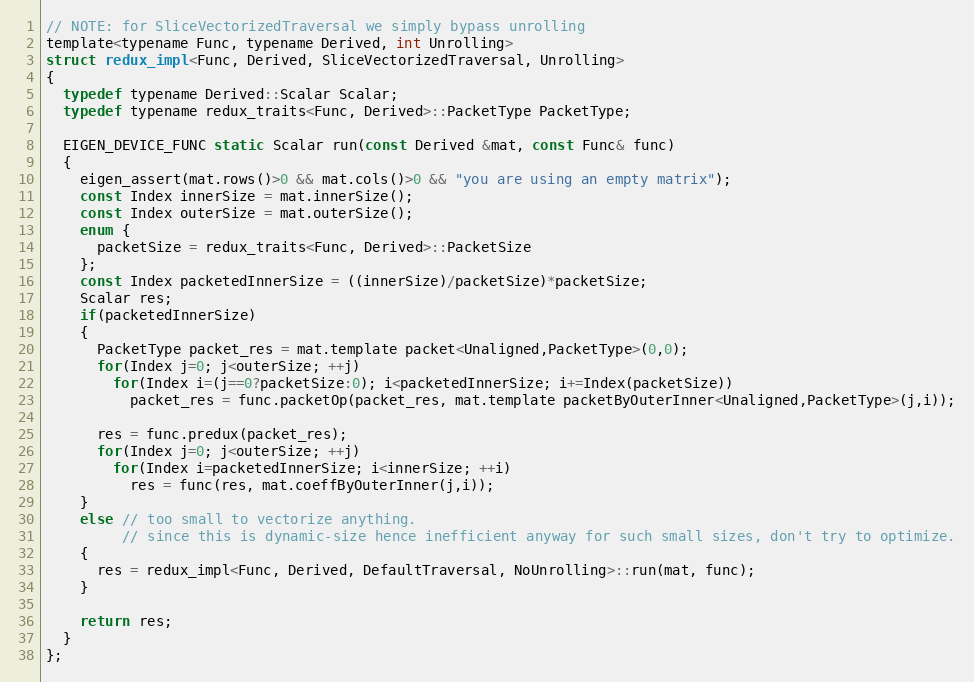
Language: C
// NOTE: for SliceVectorizedTraversal we simply bypass unrolling
template<typename Func, typename Derived, int Unrolling>
struct redux_impl<Func, Derived, SliceVectorizedTraversal, Unrolling>
{
  typedef typename Derived::Scalar Scalar;
  typedef typename redux_traits<Func, Derived>::PacketType PacketType;

  EIGEN_DEVICE_FUNC static Scalar run(const Derived &mat, const Func& func)
  {
    eigen_assert(mat.rows()>0 && mat.cols()>0 && "you are using an empty matrix");
    const Index innerSize = mat.innerSize();
    const Index outerSize = mat.outerSize();
    enum {
      packetSize = redux_traits<Func, Derived>::PacketSize
    };
    const Index packetedInnerSize = ((innerSize)/packetSize)*packetSize;
    Scalar res;
    if(packetedInnerSize)
    {
      PacketType packet_res = mat.template packet<Unaligned,PacketType>(0,0);
      for(Index j=0; j<outerSize; ++j)
        for(Index i=(j==0?packetSize:0); i<packetedInnerSize; i+=Index(packetSize))
          packet_res = func.packetOp(packet_res, mat.template packetByOuterInner<Unaligned,PacketType>(j,i));

      res = func.predux(packet_res);
      for(Index j=0; j<outerSize; ++j)
        for(Index i=packetedInnerSize; i<innerSize; ++i)
          res = func(res, mat.coeffByOuterInner(j,i));
    }
    else // too small to vectorize anything.
         // since this is dynamic-size hence inefficient anyway for such small sizes, don't try to optimize.
    {
      res = redux_impl<Func, Derived, DefaultTraversal, NoUnrolling>::run(mat, func);
    }

    return res;
  }
};